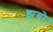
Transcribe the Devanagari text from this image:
झग्रो